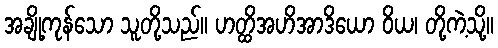
အချို့ကုန်သော သူတို့သည်။ ဟတ္ထိအဟိအာဒိယော ဝိယ၊ တို့ကဲ့သို့။